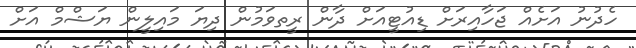
ހެދުނު އަށެއް ޖަހާއިރަށް ޑިއުޓީއަށް ދާން ރީތވަމުން ދިޔަ މައިލީން ޔަޝްމް އަށް